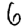
Digit: 6